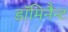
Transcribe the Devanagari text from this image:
डॉमिनैन्ट